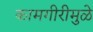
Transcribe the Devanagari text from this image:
कामगीरीमुळे